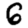
Digit: 6